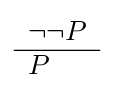
{\begin{array}{l}\lnot \lnot P\\\hline P\end{array}}